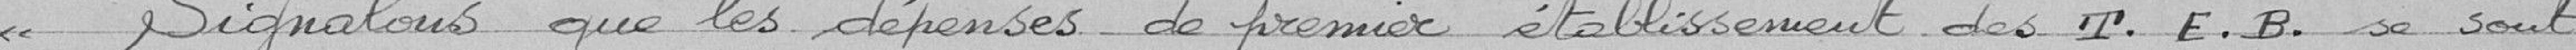
« Signalons que les dépenses de premier établissement des T. E.B. se sont